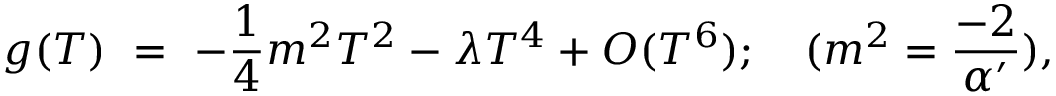
g ( T ) ~ = ~ - { \frac { 1 } { 4 } } { m ^ { 2 } } T ^ { 2 } - { \lambda } T ^ { 4 } + O ( T ^ { 6 } ) ; \quad ( { m ^ { 2 } = { \frac { - 2 } { \alpha ^ { \prime } } } ) } ,